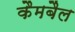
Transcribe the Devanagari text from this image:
कैमबैल